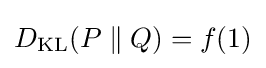
D_{\text{KL}}(P\parallel Q)=f(1)